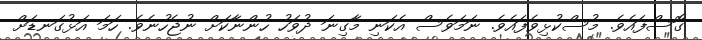
ގޮސްފައެވެ. މުސްކުޅިވެފައެވެ. ނަމަވެސް އެކަނި މާގިނަ ދުވަހު ހުންނާކަށް ނުޖެހުނެވެ. ހަމަ އަޅުގަނޑަށް